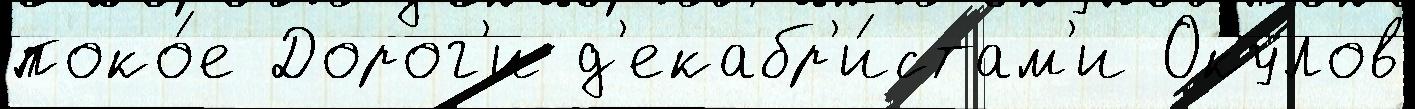
поко́е Дорог'и д'екабр'и́стам'и Окулов